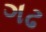
ગઢ